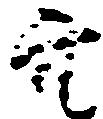
穴